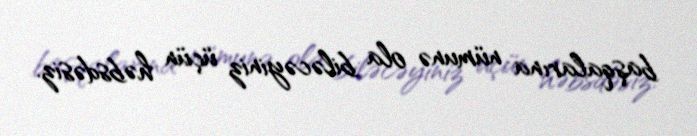
başqalarına nümunə ola biləcəyiniz üçün həbsdəsiz.